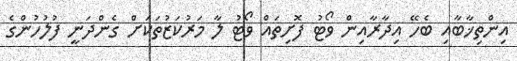
އިންތިޚާބާއި ބެހޭ އިދާރާއިން ވޯޓު ފޮށިތައް ވޯޓު ލާ މަރުކަޒުތަކަށް ގެންދަނީ ފުލުހުންގެ